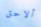
ألاحق